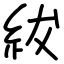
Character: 紱